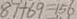
8 7 + 6 9 = 1 5 6